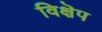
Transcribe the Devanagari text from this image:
विक्षॆप